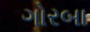
ગોરબા